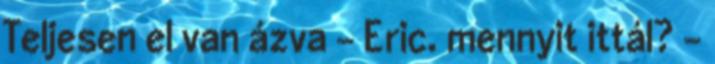
Teljesen el van ázva - Eric. mennyit ittál? -